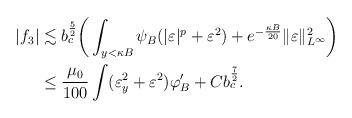
LaTeX: \begin{align*}|f_3|&\lesssim b_c^{\frac{5}{2}}\bigg{(}\int_{y<\kappa B}\psi_B(|\varepsilon|^p+\varepsilon^2)+e^{-\frac{\kappa B}{20}}\|\varepsilon\|_{L^{\infty}}^2\bigg{)}\\&\leq \frac{\mu_0}{100}\int(\varepsilon_y^2+\varepsilon^2)\varphi'_B+Cb_c^{\frac{7}{2}}.\end{align*}